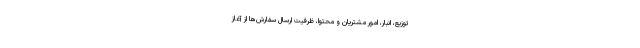
توزیع، انبار، امور مشتریان و محتوا، ظرفیت ارسال سفارش‌ها از آغاز